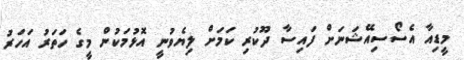
މީޑިއާ އެސޯސިއޭޝަނަށް ފައިސާ ދޫކުރި ކަމަށް ލިޔެވުނީ އޮޅުމަކުން މީގެ ހަތަރު އަހަރު